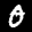
Label: 0